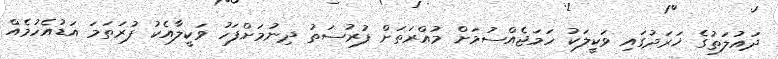
ދައުލަތުގެ ޚަރަދުގައި ވަކީލަކު ހަމަޖެއްސުމަށް މުއްރަތަށް ފުރުސަތު ދިނުމަށްފަހު ވަކީލާއެކު ފުރަތަމަ އަޑުއެހުމެއް